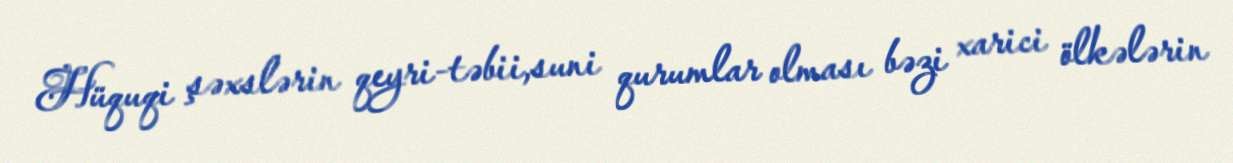
Hüquqi şəxslərin qeyri-təbii,suni qurumlar olması bəzi xarici ölkələrin